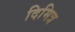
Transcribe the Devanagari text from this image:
दिमित्र